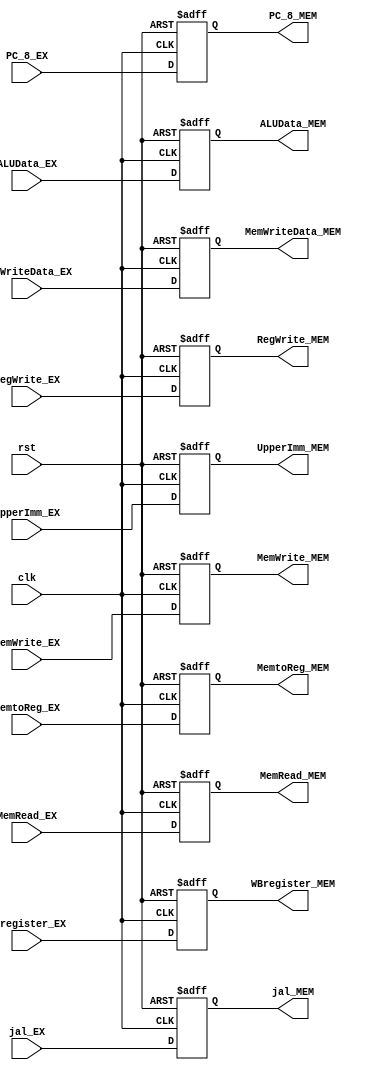
module EX_MEM(
	clk,
	rst,
	RegWrite_EX,	// WB
	MemtoReg_EX,	// WB
	MemRead_EX,		// M
	MemWrite_EX,	// M
	ALUData_EX,
	UpperImm_EX,
	MemWriteData_EX,
	WBregister_EX,
	jal_EX,
	PC_8_EX,
	RegWrite_MEM,	// WB
	MemtoReg_MEM,	// WB
	MemRead_MEM,	// M
	MemWrite_MEM,
	ALUData_MEM,
	UpperImm_MEM,
	MemWriteData_MEM,
	WBregister_MEM,
	jal_MEM,
	PC_8_MEM
);

input clk;
input rst;
input RegWrite_EX;
input [1:0] MemtoReg_EX;
input MemRead_EX;
input MemWrite_EX;
input [31:0] ALUData_EX;
input [31:0] UpperImm_EX;
input [31:0] MemWriteData_EX;
input [4:0] WBregister_EX;
input jal_EX;
input [31:0] PC_8_EX;

output RegWrite_MEM;
output [1:0] MemtoReg_MEM;
output MemRead_MEM;
output MemWrite_MEM;
output [31:0] ALUData_MEM;
output [31:0] UpperImm_MEM;
output [31:0] MemWriteData_MEM;
output [4:0] WBregister_MEM;
output jal_MEM;
output [31:0] PC_8_MEM;

reg RegWrite_MEM;
reg [1:0] MemtoReg_MEM;
reg MemRead_MEM;
reg MemWrite_MEM;
reg [31:0] ALUData_MEM;
reg [31:0] UpperImm_MEM;
reg [31:0] MemWriteData_MEM;
reg [4:0] WBregister_MEM;
reg jal_MEM;
reg [31:0] PC_8_MEM;
always @(posedge clk or negedge rst) 
begin
  if(~rst) 
  begin
     RegWrite_MEM <= 1'b0;
     MemtoReg_MEM <= 2'b0;
     MemRead_MEM <= 1'b0;
     MemWrite_MEM <= 1'b0;
     ALUData_MEM <= 32'b0;
     UpperImm_MEM <= 32'b0;
     MemWriteData_MEM <= 32'b0;
     WBregister_MEM <= 5'b0;	
     jal_MEM <= 1'b0;	
     PC_8_MEM <= 32'b0;
  end
  else 
  begin
     RegWrite_MEM <= RegWrite_EX;
     MemtoReg_MEM <= MemtoReg_EX;
     MemRead_MEM <= MemRead_EX;
     MemWrite_MEM <= MemWrite_EX;
     ALUData_MEM <= ALUData_EX;
     UpperImm_MEM <= UpperImm_EX;
     MemWriteData_MEM <= MemWriteData_EX;
     WBregister_MEM <= WBregister_EX;	
     jal_MEM <= jal_EX;
     PC_8_MEM <= PC_8_EX;
  end

end

endmodule